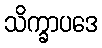
သိက္ခာပဒေ